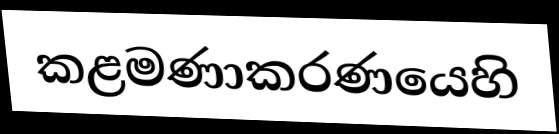
කළමණාකරණයෙහි